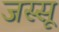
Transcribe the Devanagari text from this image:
जस्सू